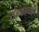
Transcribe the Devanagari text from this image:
संतकाव्यही